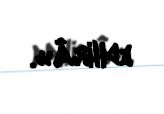
edilirÂ».